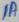
Text: 1A